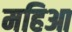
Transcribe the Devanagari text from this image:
महिआ